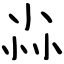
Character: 尛